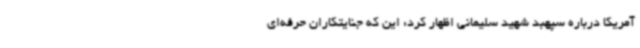
آمریکا درباره سپهبد شهید سلیمانی اظهار کرد: این که جنایتکاران حرفه‌ای